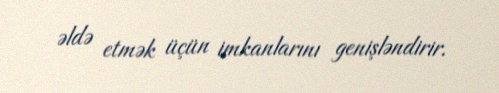
əldə etmək üçün imkanlarını genişləndirir.